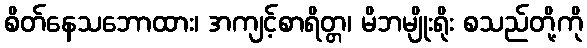
စိတ်နေသဘောထား၊ အကျင့်စာရိတ္တ၊ မိဘမျိုးရိုး စသည်တို့ကို